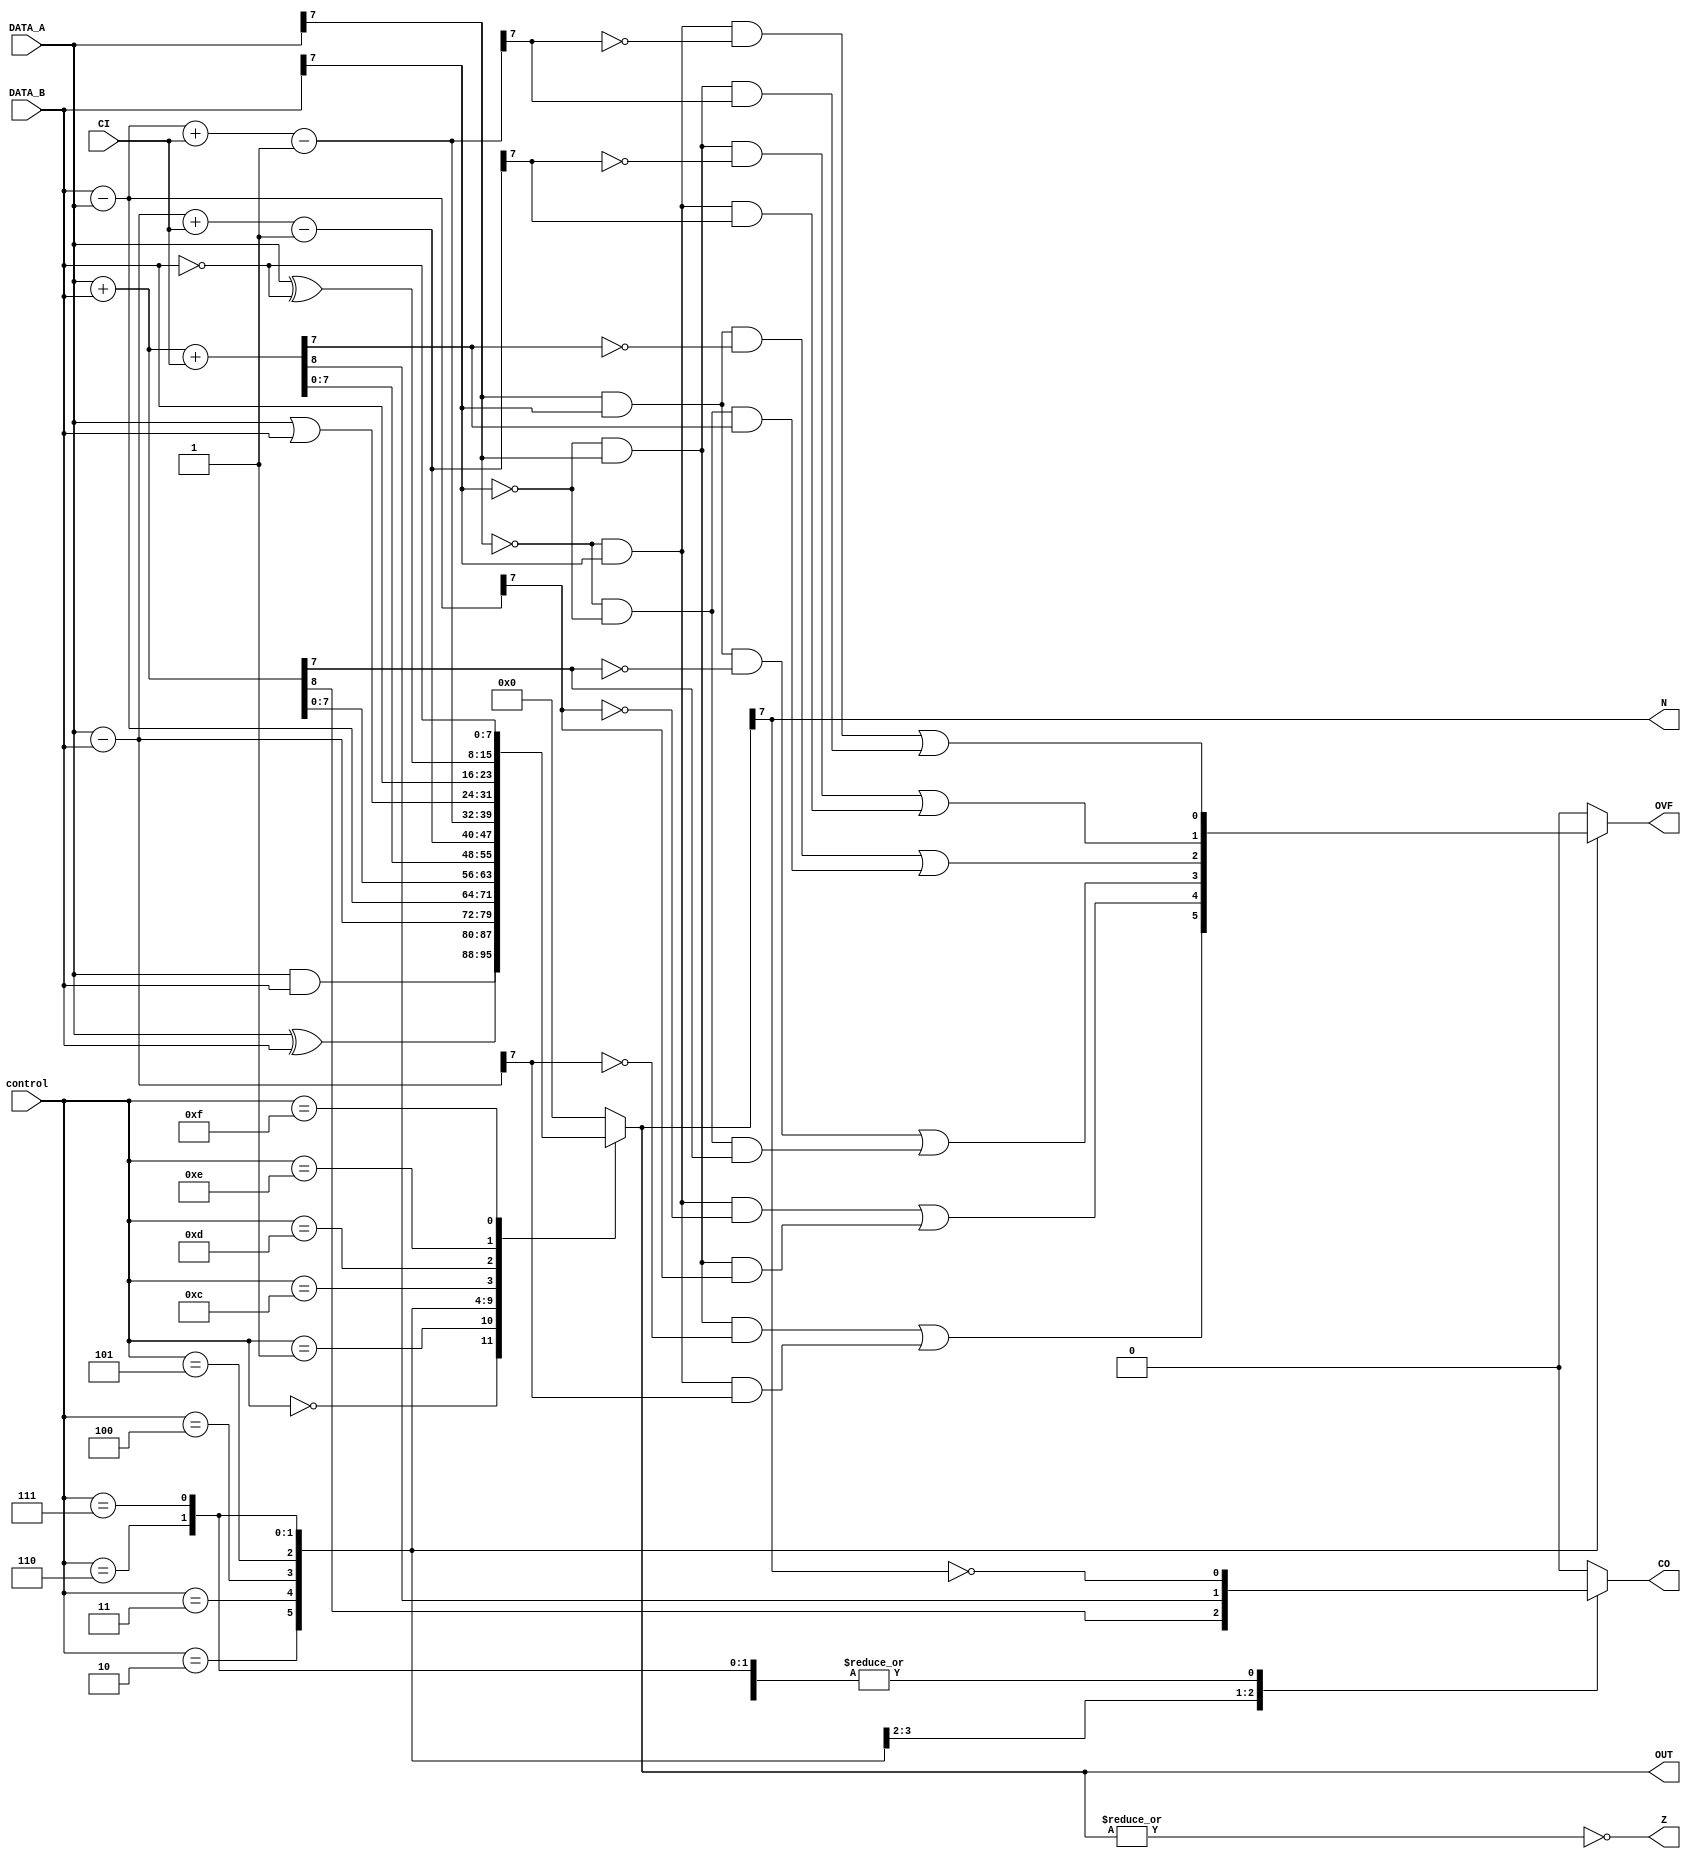
module ALU #(parameter WIDTH=8)
    (
	  input [3:0] control,
	  input CI,
	  input [WIDTH-1:0] DATA_A,
	  input [WIDTH-1:0] DATA_B,
      output reg [WIDTH-1:0] OUT,
	  output reg CO,
	  output reg OVF,
	  output N, Z
    );
localparam AND=4'b0000,
		  EXOR=4'b0001,
		  SubtractionAB=4'b0010,
		  SubtractionBA=4'b0011,
		  Addition=4'b0100,
		  Addition_Carry=4'b0101,
		  SubtractionAB_Carry=4'b0110,
		  SubtractionBA_Carry=4'b0111,
		  ORR=4'b1100,
		  Move=4'b1101,
		  Bit_Clear=4'b1110,
		  Move_Not=4'b1111;

// Assign the zero and negative flasg here since it is very simple
assign N = OUT[WIDTH-1];
assign Z = ~(|OUT);
	 
always@(*) begin
	case(control)
		AND:begin
			OUT = DATA_A & DATA_B;
			CO = 1'b0;
			OVF = 1'b0;
		end
		EXOR:begin
			OUT = DATA_A ^ DATA_B;
			CO = 1'b0;
			OVF = 1'b0;
		end
		SubtractionAB:begin
			OUT = DATA_A - DATA_B;
			CO = ~N; // ARM uses inverted borrow for subtraction with carry
			OVF = (DATA_A[WIDTH-1] & ~DATA_B[WIDTH-1] & ~OUT[WIDTH-1]) | (~DATA_A[WIDTH-1] & DATA_B[WIDTH-1] & OUT[WIDTH-1]);
		end
		SubtractionBA:begin
			OUT = DATA_B - DATA_A;
			CO = ~N; // ARM uses inverted borrow for subtraction with carry
			OVF = (DATA_B[WIDTH-1] & ~DATA_A[WIDTH-1] & ~OUT[WIDTH-1]) | (~DATA_B[WIDTH-1] & DATA_A[WIDTH-1] & OUT[WIDTH-1]);
		end
		Addition:begin
			{CO,OUT} = DATA_A + DATA_B;
			OVF = (DATA_A[WIDTH-1] & DATA_B[WIDTH-1] & ~OUT[WIDTH-1]) | (~DATA_A[WIDTH-1] & ~DATA_B[WIDTH-1] & OUT[WIDTH-1]);
		end
		Addition_Carry:begin
			{CO,OUT} = DATA_A + DATA_B + CI;
			OVF = (DATA_A[WIDTH-1] & DATA_B[WIDTH-1] & ~OUT[WIDTH-1]) | (~DATA_A[WIDTH-1] & ~DATA_B[WIDTH-1] & OUT[WIDTH-1]);
		end
		SubtractionAB_Carry:begin
			OUT = DATA_A - DATA_B + CI - 1;
			CO = ~N; // ARM uses inverted borrow for subtraction with carry
			OVF = (DATA_A[WIDTH-1] & ~DATA_B[WIDTH-1] & ~OUT[WIDTH-1]) | (~DATA_A[WIDTH-1] & DATA_B[WIDTH-1] & OUT[WIDTH-1]);
		end
		SubtractionBA_Carry:begin
			OUT = DATA_B - DATA_A + CI - 1;
			CO = ~N; // ARM uses inverted borrow for subtraction with carry
			OVF = (DATA_B[WIDTH-1] & ~DATA_A[WIDTH-1] & ~OUT[WIDTH-1]) | (~DATA_B[WIDTH-1] & DATA_A[WIDTH-1] & OUT[WIDTH-1]);
		end
		ORR:begin
			OUT = DATA_A | DATA_B;
			CO = 1'b0;
			OVF = 1'b0;
		end
		Move:begin
			OUT = DATA_B;
			CO = 1'b0;
			OVF = 1'b0;
		end
		Bit_Clear:begin
			OUT = DATA_A ^ ~DATA_B;
			CO = 1'b0;
			OVF = 1'b0;
		end
		Move_Not:begin
			OUT = ~DATA_B;
			CO = 1'b0;
			OVF = 1'b0;
		end
		default:begin
		OUT = {WIDTH{1'b0}};
		CO = 1'b0;
		OVF = 1'b0;
		end
	endcase
end
	 
endmodule